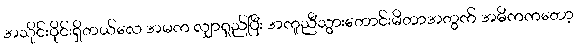
အသိုင်းဝိုင်းရှိတယ်လေ အမက လျှာရှည်ပြီး အကူညီသွားတောင်းမိတာအတွက် အဓိကကတော့